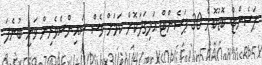
ޕަސެންޓް ބޮޑުކޮށް 30 ޕަސެންޓް އަލިގަދަކޮށް ކަމަށް ވެސް ސައިންސްވެރިން ވަނީ ބުނެފަ